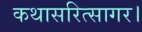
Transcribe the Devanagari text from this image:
कथासरित्सागर।